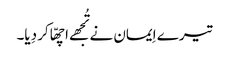
تیرے اِیمان نے تُجھے اچھّا کر دِیا۔